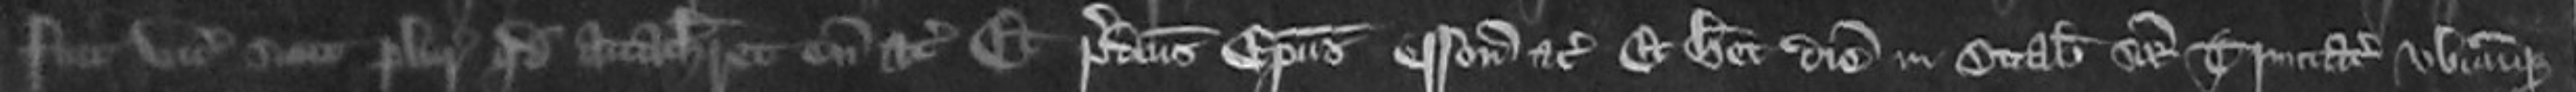
fuit vicecomiti sicut pluries quod attachiaret eum etc et predictus Episcopus esson etc et hec diem in Octabis Sancte Trinitate ubicumque